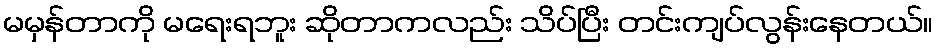
မမှန်တာကို မရေးရဘူး ဆိုတာကလည်း သိပ်ပြီး တင်းကျပ်လွန်းနေတယ်။